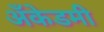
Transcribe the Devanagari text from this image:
अँकेडमी